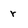
Character: r